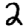
Digit: 2